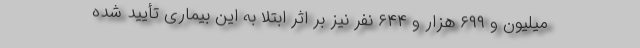
میلیون و ۶۹۹ هزار و ۶۴۴ نفر نیز بر اثر ابتلا به این بیماری تأیید شده